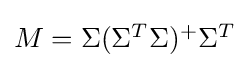
{\textstyle M=\Sigma (\Sigma ^{T}\Sigma )^{+}\Sigma ^{T}}